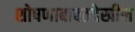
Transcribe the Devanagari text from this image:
शोषणाबाबतदेखील